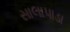
સાલાપાડા